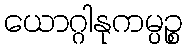
ယောဂ္ဂါနုကမ္ပဉ္စ